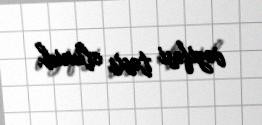
vəzifəsi təsis olunub.